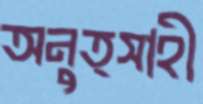
অনুত্সাহী